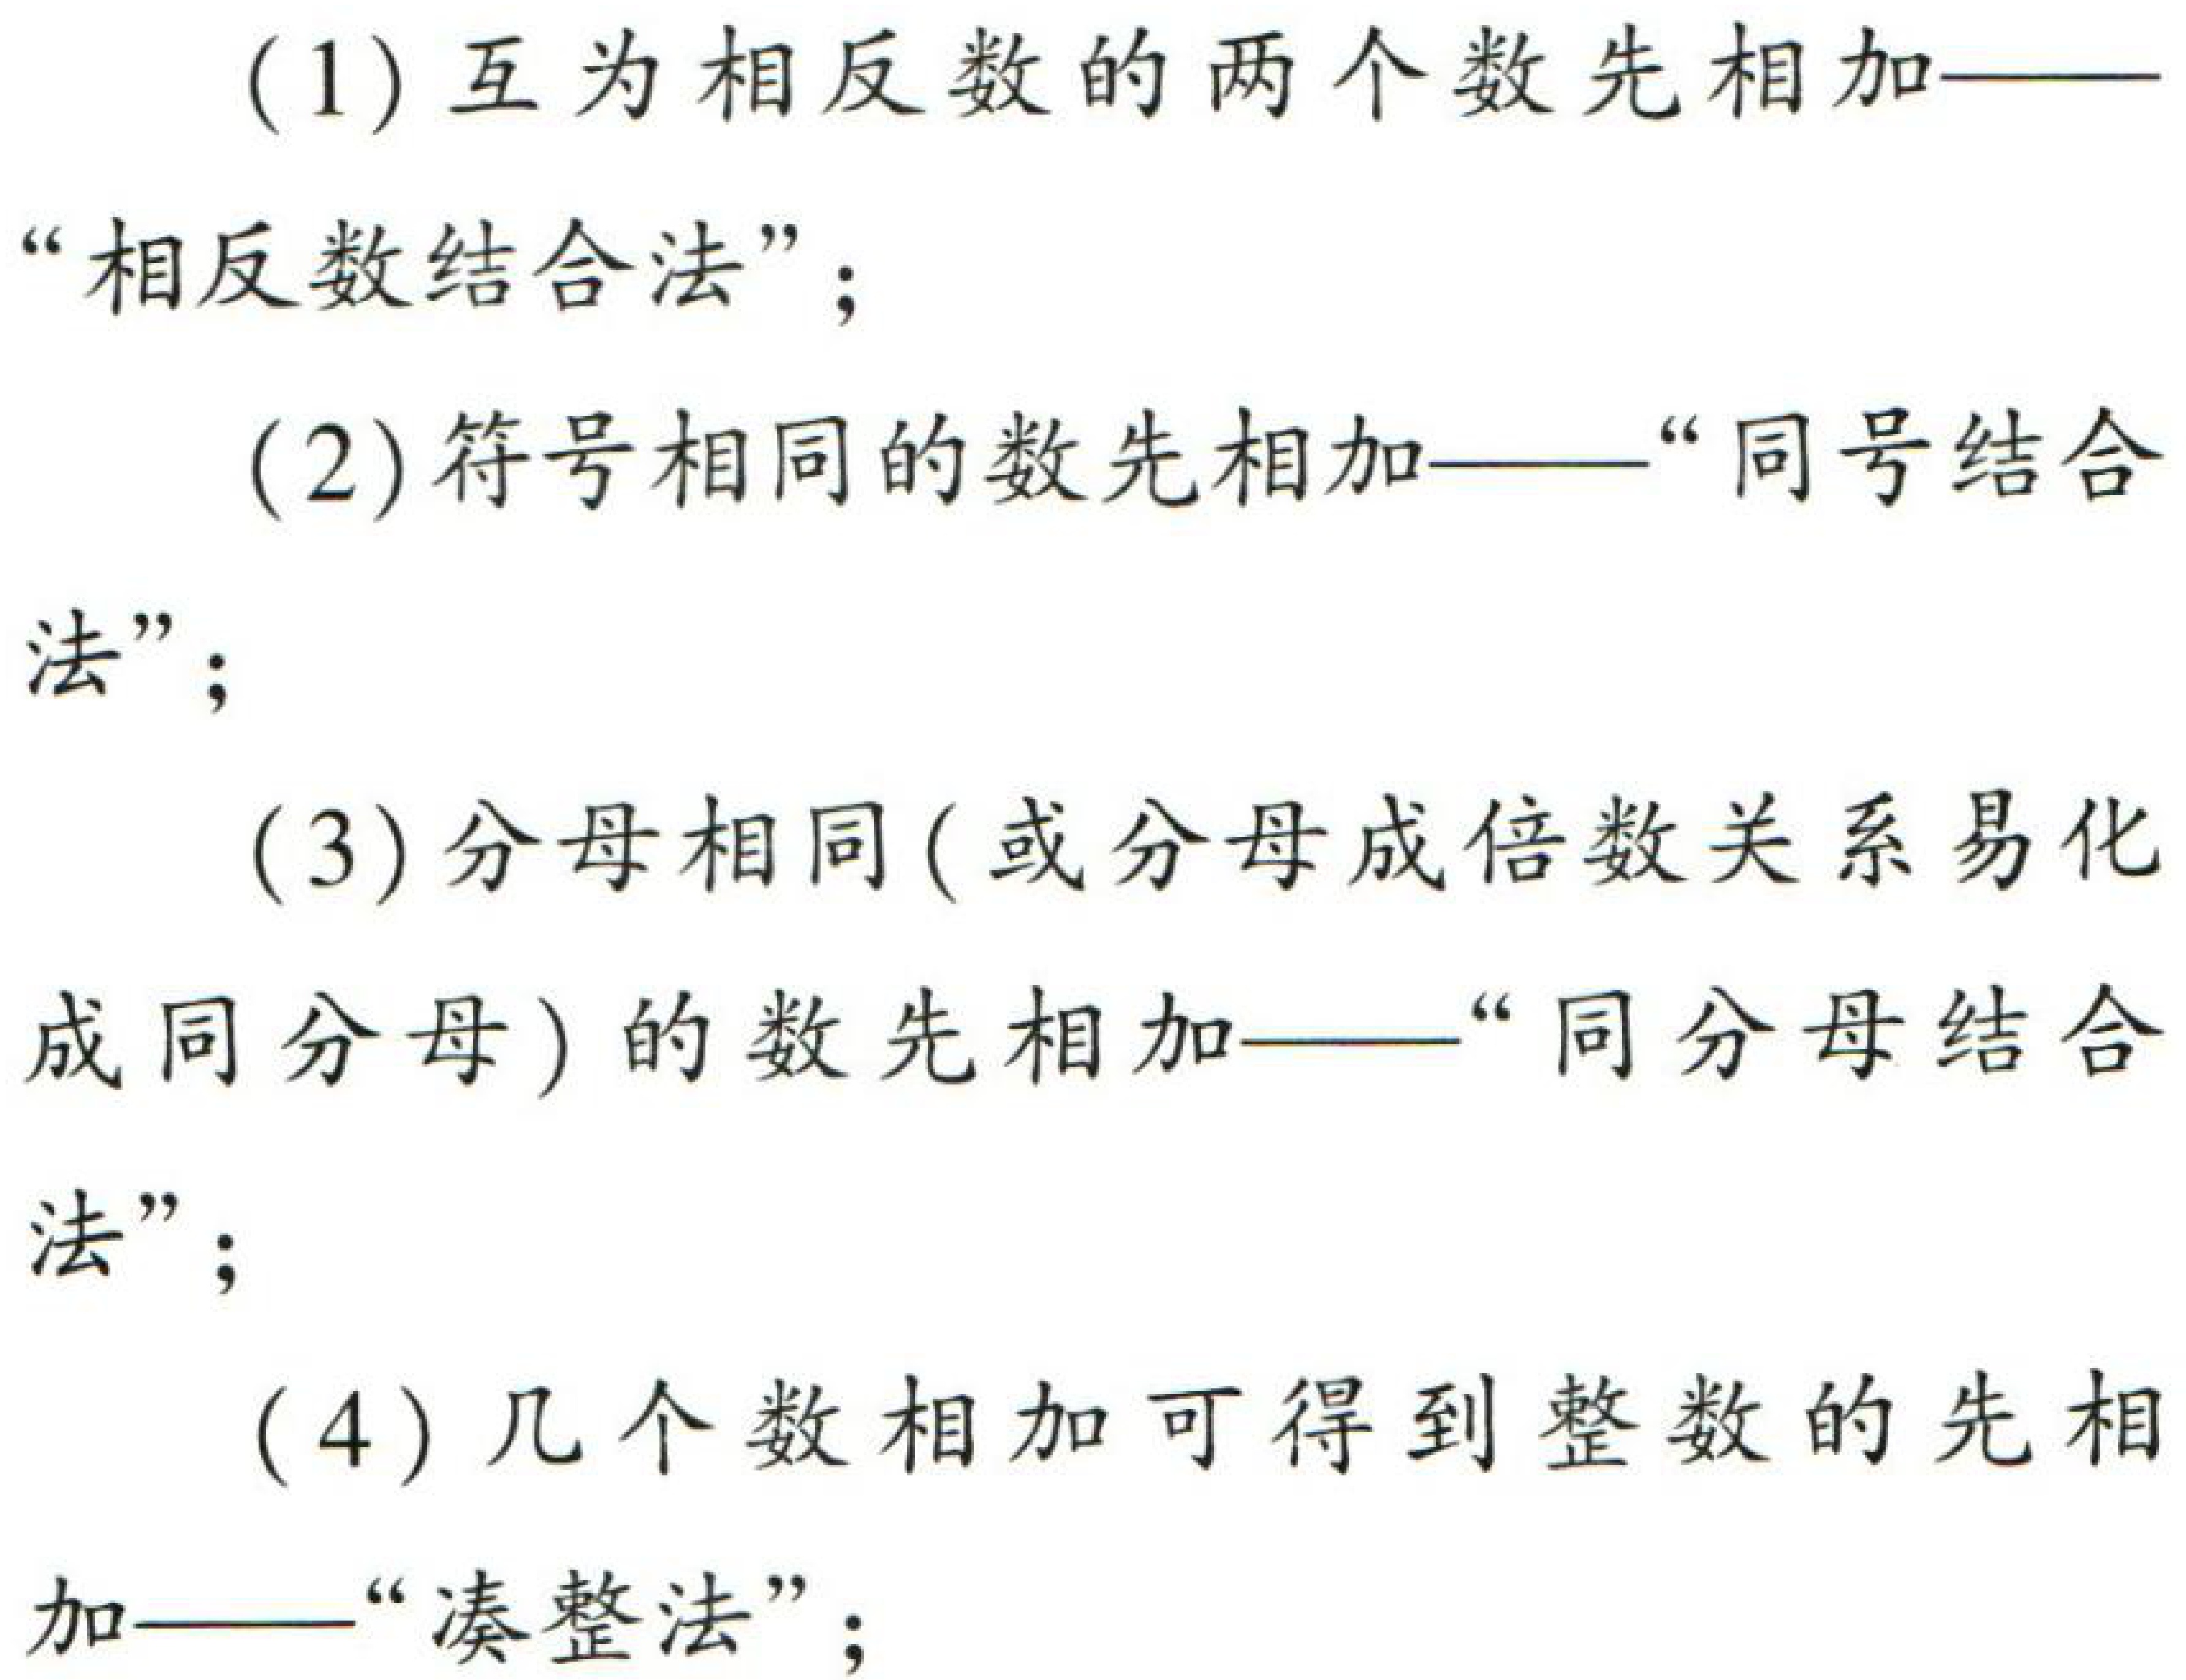
(1) 互为相反数的两个数先相加——“相反数结合法”；
(2) 符号相同的数先相加——“同号结合法”；
(3) 分母相同(或分母成倍数关系易化成同分母)的数先相加——“同分母结合法”；
(4) 几个数相加可得到整数的先相加——“凑整法”；